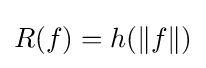
R(f)=h(\lVert f\rVert )